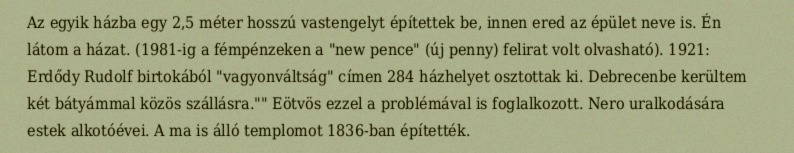
Az egyik házba egy 2,5 méter hosszú vastengelyt építettek be, innen ered az épület neve is. Én látom a házat. (1981-ig a fémpénzeken a "new pence" (új penny) felirat volt olvasható). 1921: Erdődy Rudolf birtokából "vagyonváltság" címen 284 házhelyet osztottak ki. Debrecenbe kerültem két bátyámmal közös szállásra."" Eötvös ezzel a problémával is foglalkozott. Nero uralkodására estek alkotóévei. A ma is álló templomot 1836-ban építették.